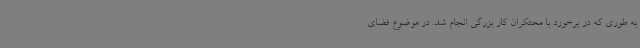
به طوری که در برخورد با محتکران کار بزرگی انجام شد. در موضوع فضای